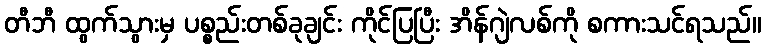
တီဘီ ထွက်သွားမှ ပစ္စည်းတစ်ခုချင်း ကိုင်ပြပြီး အိန်ဂျဲလစ်ကို စကားသင်ရသည်။